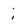
Character: i